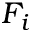
F _ { i }